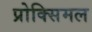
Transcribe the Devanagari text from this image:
प्रोक्सिमल